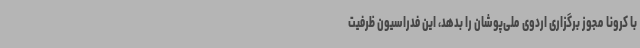
با کرونا مجوز برگزاری اردوی ملی‌پوشان را بدهد، این فدراسیون ظرفیت